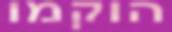
הוקמו